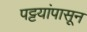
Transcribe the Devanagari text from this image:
पट्टयांपासून